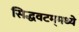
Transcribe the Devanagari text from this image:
सिद्धवटम्‌मध्ये